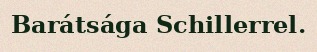
Barátsága Schillerrel.